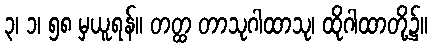
၃၊ ၁၊ ၅၈ မှယူရန်။ တတ္ထ တာသုဂါထာသု၊ ထိုဂါထာတို့၌။